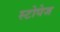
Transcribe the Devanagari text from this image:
स्टोपेज